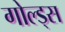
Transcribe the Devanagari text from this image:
गोल्ड्स